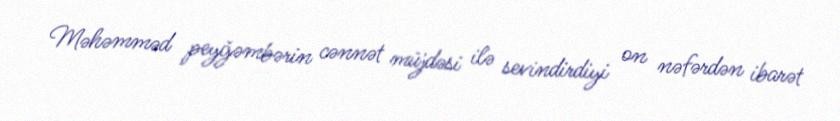
Məhəmməd peyğəmbərin cənnət müjdəsi ilə sevindirdiyi on nəfərdən ibarət